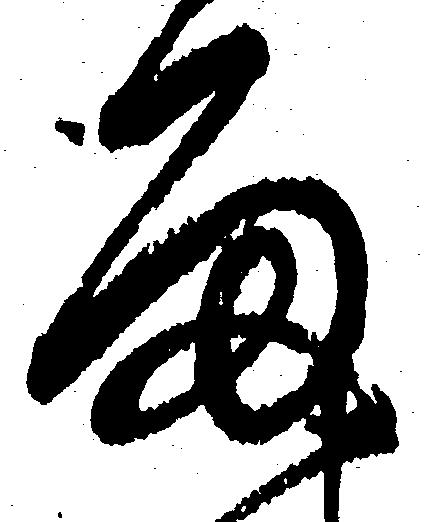
雨